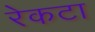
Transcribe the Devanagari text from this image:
रेकटा